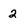
Character: 2